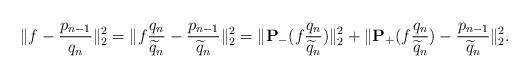
LaTeX: \begin{align*}\|f-\frac{p_{n-1}}{q_n}\|_2^2=\|f\frac{q_n}{\widetilde{q}_n}-\frac{p_{n-1}}{\widetilde{q}_n}\|_2^2=\|{\bf P}_-(f\frac{q_n}{\widetilde{q}_n})\|_2^2+\|{\bf P}_+(f\frac{q_n}{\widetilde{q}_n})-\frac{p_{n-1}}{\widetilde{q}_n}\|_2^2.\end{align*}